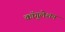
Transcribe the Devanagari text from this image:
कॉगुलेशन